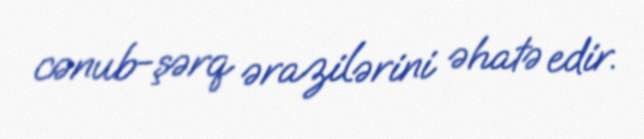
cənub-şərq ərazilərini əhatə edir.